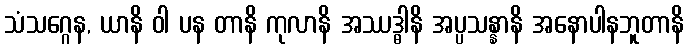
သံသဂ္ဂေန, ယာနိ ဝါ ပန တာနိ ကုလာနိ အဿဒ္ဓါနိ အပ္ပသန္နာနိ အနောပါနဘူတာနိ